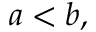
a < b ,